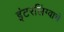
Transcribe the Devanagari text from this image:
इंटरलिंग्वाचे